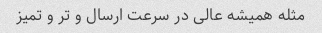
مثله همیشه عالی در سرعت ارسال و تر و تمیز